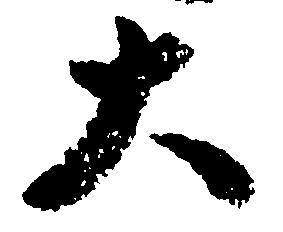
大